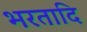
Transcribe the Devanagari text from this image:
भरतादि